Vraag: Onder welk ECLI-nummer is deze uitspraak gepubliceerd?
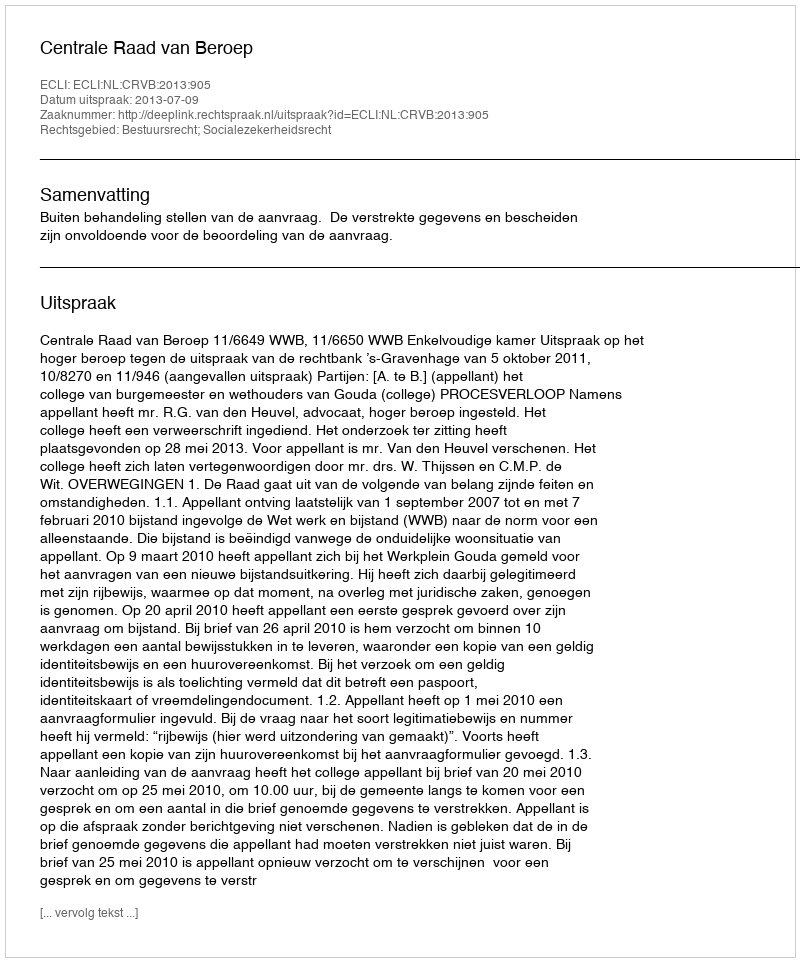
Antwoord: ECLI:NL:CRVB:2013:905